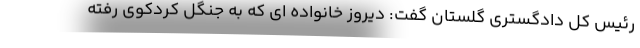
رئیس کل دادگستری گلستان گفت: دیروز خانواده ای که به جنگل کردکوی رفته